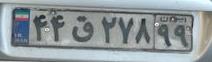
۴۴ق۲۷۸۹۹